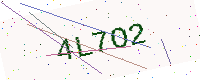
Text: 4L7O2